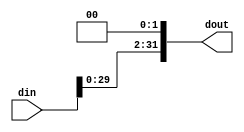
module Shiftbit(din,dout);
   parameter bitwidth = 32;
   parameter shift_by = 2;
   
   input[bitwidth-1:0] din;
   output[bitwidth-1:0] dout;
   reg[bitwidth-1:0] dout;
   
   always @(din) begin
      dout = din<<shift_by;
   end
endmodule